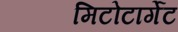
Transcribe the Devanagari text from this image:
मिटोटार्गेट